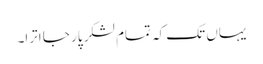
یہاں تک کہ تمام لشکر پار جا اترا۔